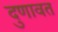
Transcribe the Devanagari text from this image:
दुणावत